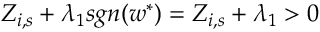
Z _ { i , s } + \lambda _ { 1 } s g n ( w ^ { \ast } ) = Z _ { i , s } + \lambda _ { 1 } > 0